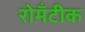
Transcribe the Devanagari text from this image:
रोमँटीक